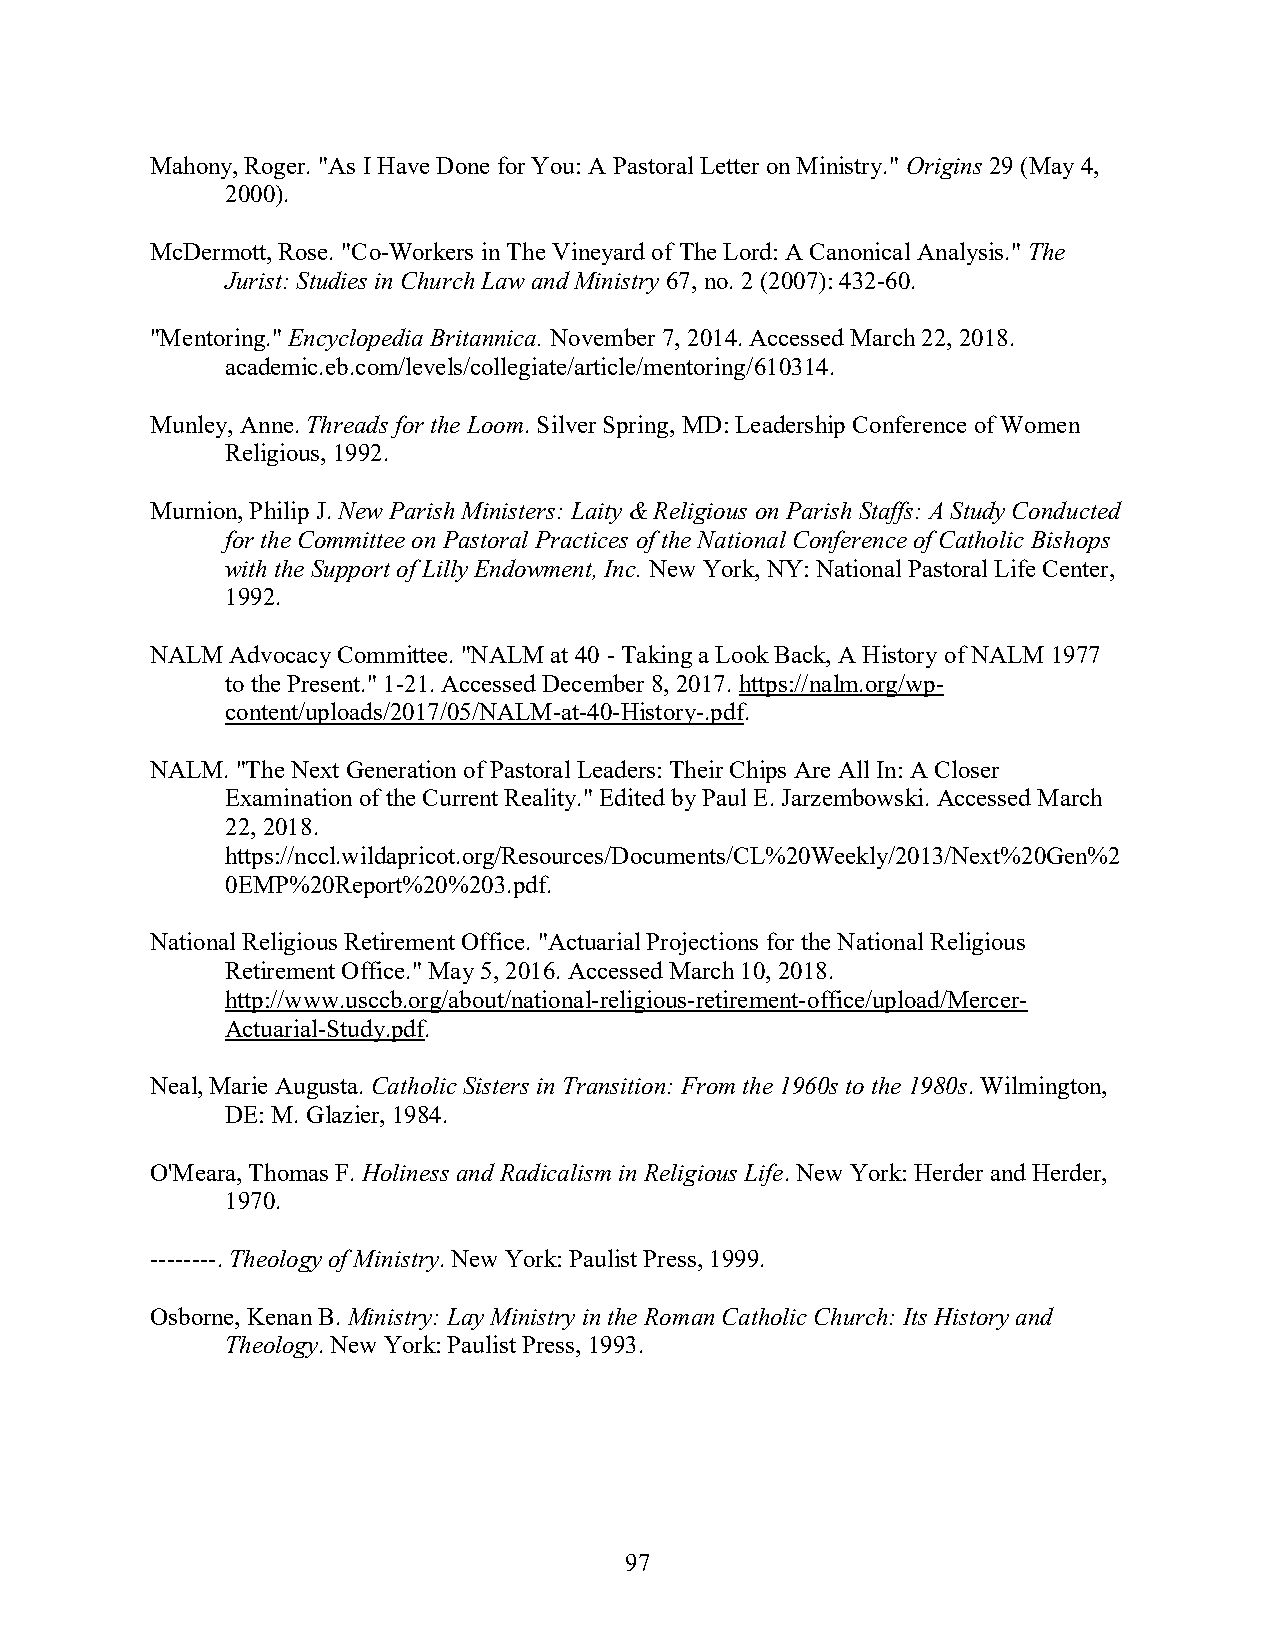
Mahony, Roger. "As I Have Done for You: A Pastoral Letter on Ministry." Origins 29 (May 4,
 2000).
 McDermott, Rose. "Co-Workers in The Vineyard of The Lord: A Canonical Analysis." The
 Jurist: Studies in Church Law and Ministry 67, no. 2 (2007): 432-60.
 "Mentoring." Encyclopedia Britannica. November 7, 2014. Accessed March 22, 2018.
 academic.eb.com/levels/collegiate/article/mentoring/610314.
 Munley, Anne. Threads for the Loom. Silver Spring, MD: Leadership Conference of Women
 Religious, 1992.
 Murnion, Philip J. New Parish Ministers: Laity & Religious on Parish Staffs: A Study Conducted
 for the Committee on Pastoral Practices of the National Conference of Catholic Bishops
 with the Support of Lilly Endowment, Inc. New York, NY: National Pastoral Life Center,
 1992.
 NALM Advocacy Committee. "NALM at 40 - Taking a Look Back, A History of NALM 1977
 to the Present." 1-21. Accessed December 8, 2017. https://nalm.org/wp-
 content/uploads/2017/05/NALM-at-40-History-.pdf.
 NALM. "The Next Generation of Pastoral Leaders: Their Chips Are All In: A Closer
 Examination of the Current Reality." Edited by Paul E. Jarzembowski. Accessed March
 22, 2018.
 https://nccl.wildapricot.org/Resources/Documents/CL%20Weekly/2013/Next%20Gen%2
 0EMP%20Report%20%203.pdf.
 National Religious Retirement Office. "Actuarial Projections for the National Religious
 Retirement Office." May 5, 2016. Accessed March 10, 2018.
 http://www.usccb.org/about/national-religious-retirement-office/upload/Mercer-
 Actuarial-Study.pdf.
 Neal, Marie Augusta. Catholic Sisters in Transition: From the 1960s to the 1980s. Wilmington,
 DE: M. Glazier, 1984.
 O'Meara, Thomas F. Holiness and Radicalism in Religious Life. New York: Herder and Herder,
 1970.
 --------. Theology of Ministry. New York: Paulist Press, 1999.
 Osborne, Kenan B. Ministry: Lay Ministry in the Roman Catholic Church: Its History and
 Theology. New York: Paulist Press, 1993.
 97